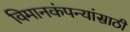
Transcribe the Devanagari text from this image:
विमानकंपन्यांसाठी